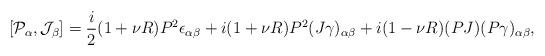
LaTeX: \begin{align*}[{\cal P}_\alpha,{\cal J}_\beta]=\frac{i}{2}(1+\nu R)P^2\epsilon_{\alpha\beta}+i(1+\nu R)P^2(J\gamma)_{\alpha\beta}+i(1-\nu R)(PJ)(P\gamma)_{\alpha\beta},\end{align*}